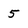
Character: 5